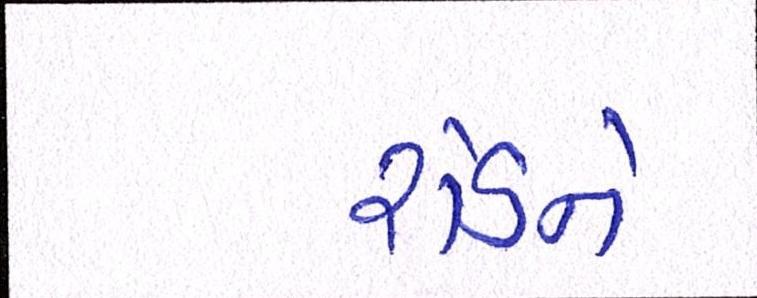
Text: રોડને